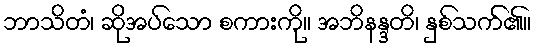
ဘာသိတံ၊ ဆိုအပ်သော စကားကို။ အဘိနန္ဒတိ၊ နှစ်သက်၏။